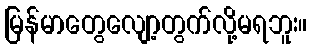
မြန်မာတွေလျော့တွက်လို့မရဘူး။